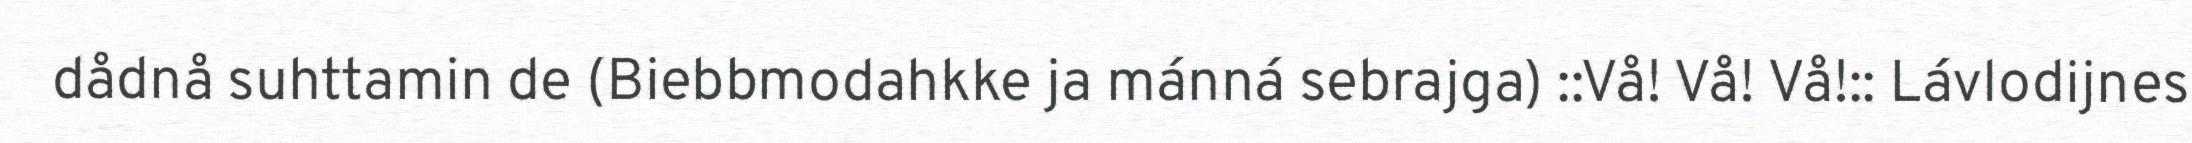
dådnå suhttamin de (Biebbmodahkke ja mánná sebrajga) ::Vå! Vå! Vå!:: Lávlodijnes